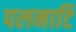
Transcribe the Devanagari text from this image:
पलनाटि